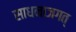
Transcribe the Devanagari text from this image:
साधनाजगत्